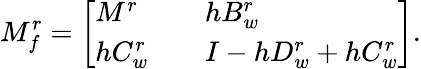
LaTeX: M_{f}^{r}=\left[\begin{array}{lll}{M^{r}}&{}&{hB_{w}^{r}}\\ {hC_{w}^{r}}&{}&{I-hD_{w}^{r}+hC_{w}^{r}}\end{array}\right].